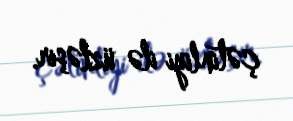
çətinliyi ilə üzləşir.